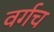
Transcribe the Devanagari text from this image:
वर्गच